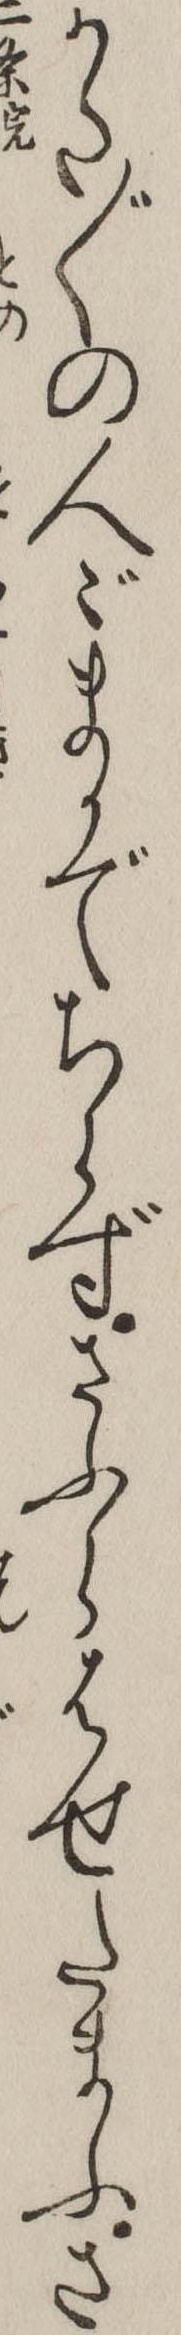
かた〲の人ゞまかでちらずさふらはせたまふさ